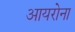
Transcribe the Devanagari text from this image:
आयरोना